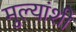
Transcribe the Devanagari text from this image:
मुल्यांशी